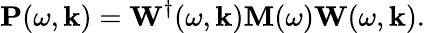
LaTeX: \mathbf{P}(\omega,\mathbf{k})=\mathbf{W}^{\dagger}(\omega,\mathbf{k})\mathbf{M}(\omega)\mathbf{W}(\omega,\mathbf{k}).